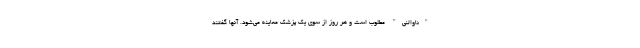
"ناوالنی" مطلوب است و هر روز از سوی یک پزشک معاینه می‌شود. آنها گفتند